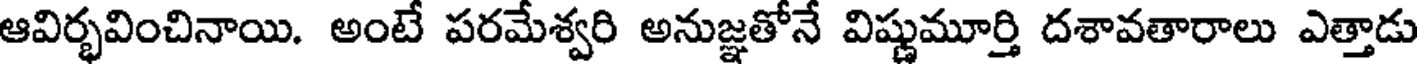
ఆవిర్భవించినాయి. అంటే పరమేశ్వరి అనుజ్ఞతోనే విష్ణుమూర్తి దశావతారాలు ఎత్తాడు